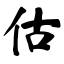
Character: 估